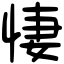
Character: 悽